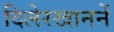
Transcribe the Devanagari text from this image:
दिलेरखाननें